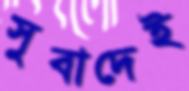
সুবাদেই